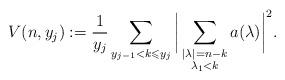
LaTeX: \begin{align*} V(n,y_{j}):= \frac{1}{y_{j}}\sum_{ y_{j-1} <k \leqslant y_j} \bigg| \sum_{\substack{|\lambda|=n-k \\ \lambda_1 < k }} a(\lambda) \bigg|^2.\end{align*}